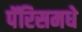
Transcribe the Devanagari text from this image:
पॅरिसमधे